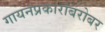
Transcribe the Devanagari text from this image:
गायनप्रकारांबरोबर